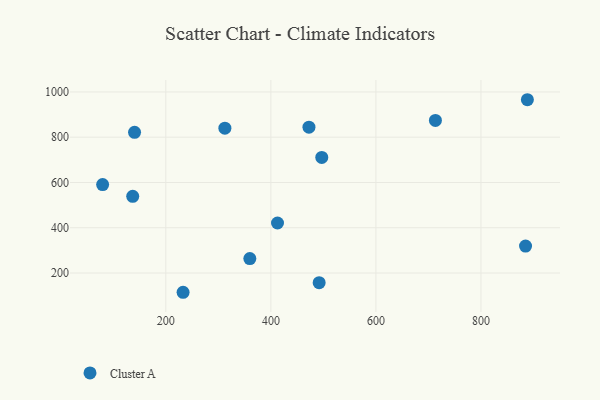
{"axis": {"x": "Study Hours", "y": "Exam Score"}, "legend": ["Cluster A"], "data": [{"x": "359.9", "y": 263.9, "type": "Cluster A"}, {"x": "496.9", "y": 710.6, "type": "Cluster A"}, {"x": "140.4", "y": 821.6, "type": "Cluster A"}, {"x": "412.6", "y": 420.8, "type": "Cluster A"}, {"x": "79.6", "y": 590.5, "type": "Cluster A"}, {"x": "472.5", "y": 844.4, "type": "Cluster A"}, {"x": "136.9", "y": 538.9, "type": "Cluster A"}, {"x": "491.9", "y": 157.0, "type": "Cluster A"}, {"x": "232.8", "y": 114.8, "type": "Cluster A"}, {"x": "884.9", "y": 318.8, "type": "Cluster A"}, {"x": "713.3", "y": 874.1, "type": "Cluster A"}, {"x": "888.4", "y": 965.6, "type": "Cluster A"}, {"x": "312.4", "y": 840.0, "type": "Cluster A"}]}